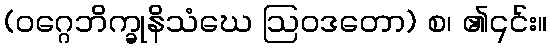
(ဝဂ္ဂေဘိက္ခုနိသံဃေ ဩဝဒတော) စ၊ ၏၎င်း။